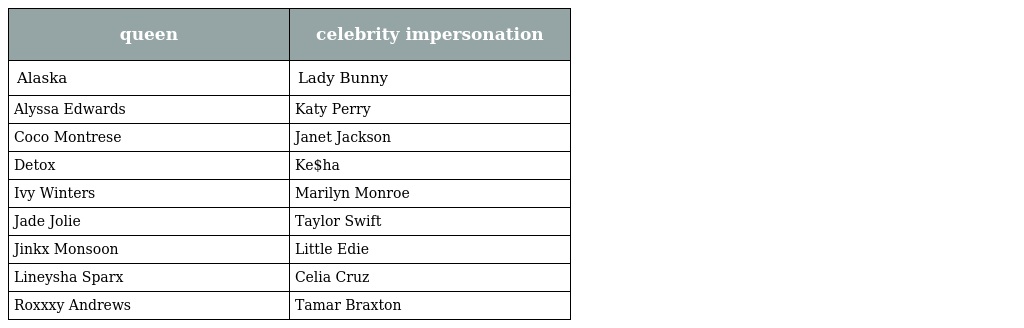
| queen | celebrity impersonation |
 | --- | --- |
 | Alaska | Lady Bunny |
 | Alyssa Edwards | Katy Perry |
 | Coco Montrese | Janet Jackson |
 | Detox | Ke$ha |
 | Ivy Winters | Marilyn Monroe |
 | Jade Jolie | Taylor Swift |
 | Jinkx Monsoon | Little Edie |
 | Lineysha Sparx | Celia Cruz |
 | Roxxxy Andrews | Tamar Braxton |